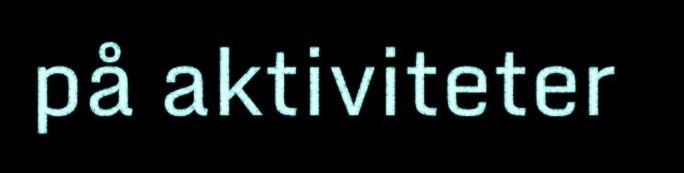
på aktiviteter